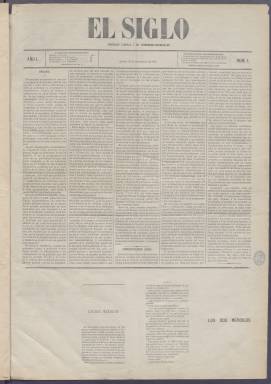
Título: El Siglo (Madrid. 1878)
Colección: Periódicos
Ámbito geográfico: Madrid
Lugar de publicación: Madrid
Fechas: 16/11/1878-30/12/1922

La colección original no incluye los meses de agosto a diciembre de 1891.

Debido a su mal estado de conservación no ha sido posible digitalizar por el momento algunos volúmenes de los años 1910-1918.